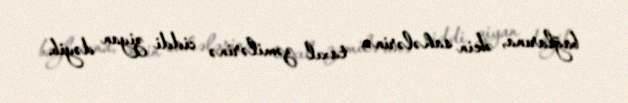
bağlarına, əkin sahələrinə, taxıl zəmilərinə ciddi ziyan dəyib.